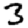
Digit: 3